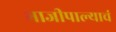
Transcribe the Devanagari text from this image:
भाजीपाल्याचं